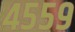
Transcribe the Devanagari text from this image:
४५५९